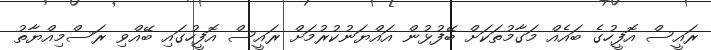
ރައީސް އޮފީހުގެ ބައެއް މަގާމުތަކަށް ބޭފުޅުން އައްޔަނުކުރުމަށް ރައީސް އޮފީހުގައި ބޭއްވި ރަސްމިއްޔާތު